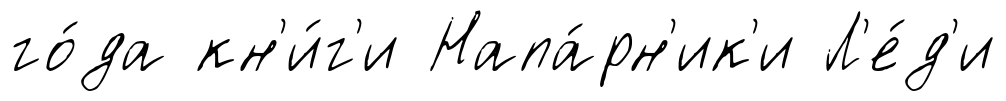
го́да кн'и́г'и Напа́рн'ик'и Л'е́д'и